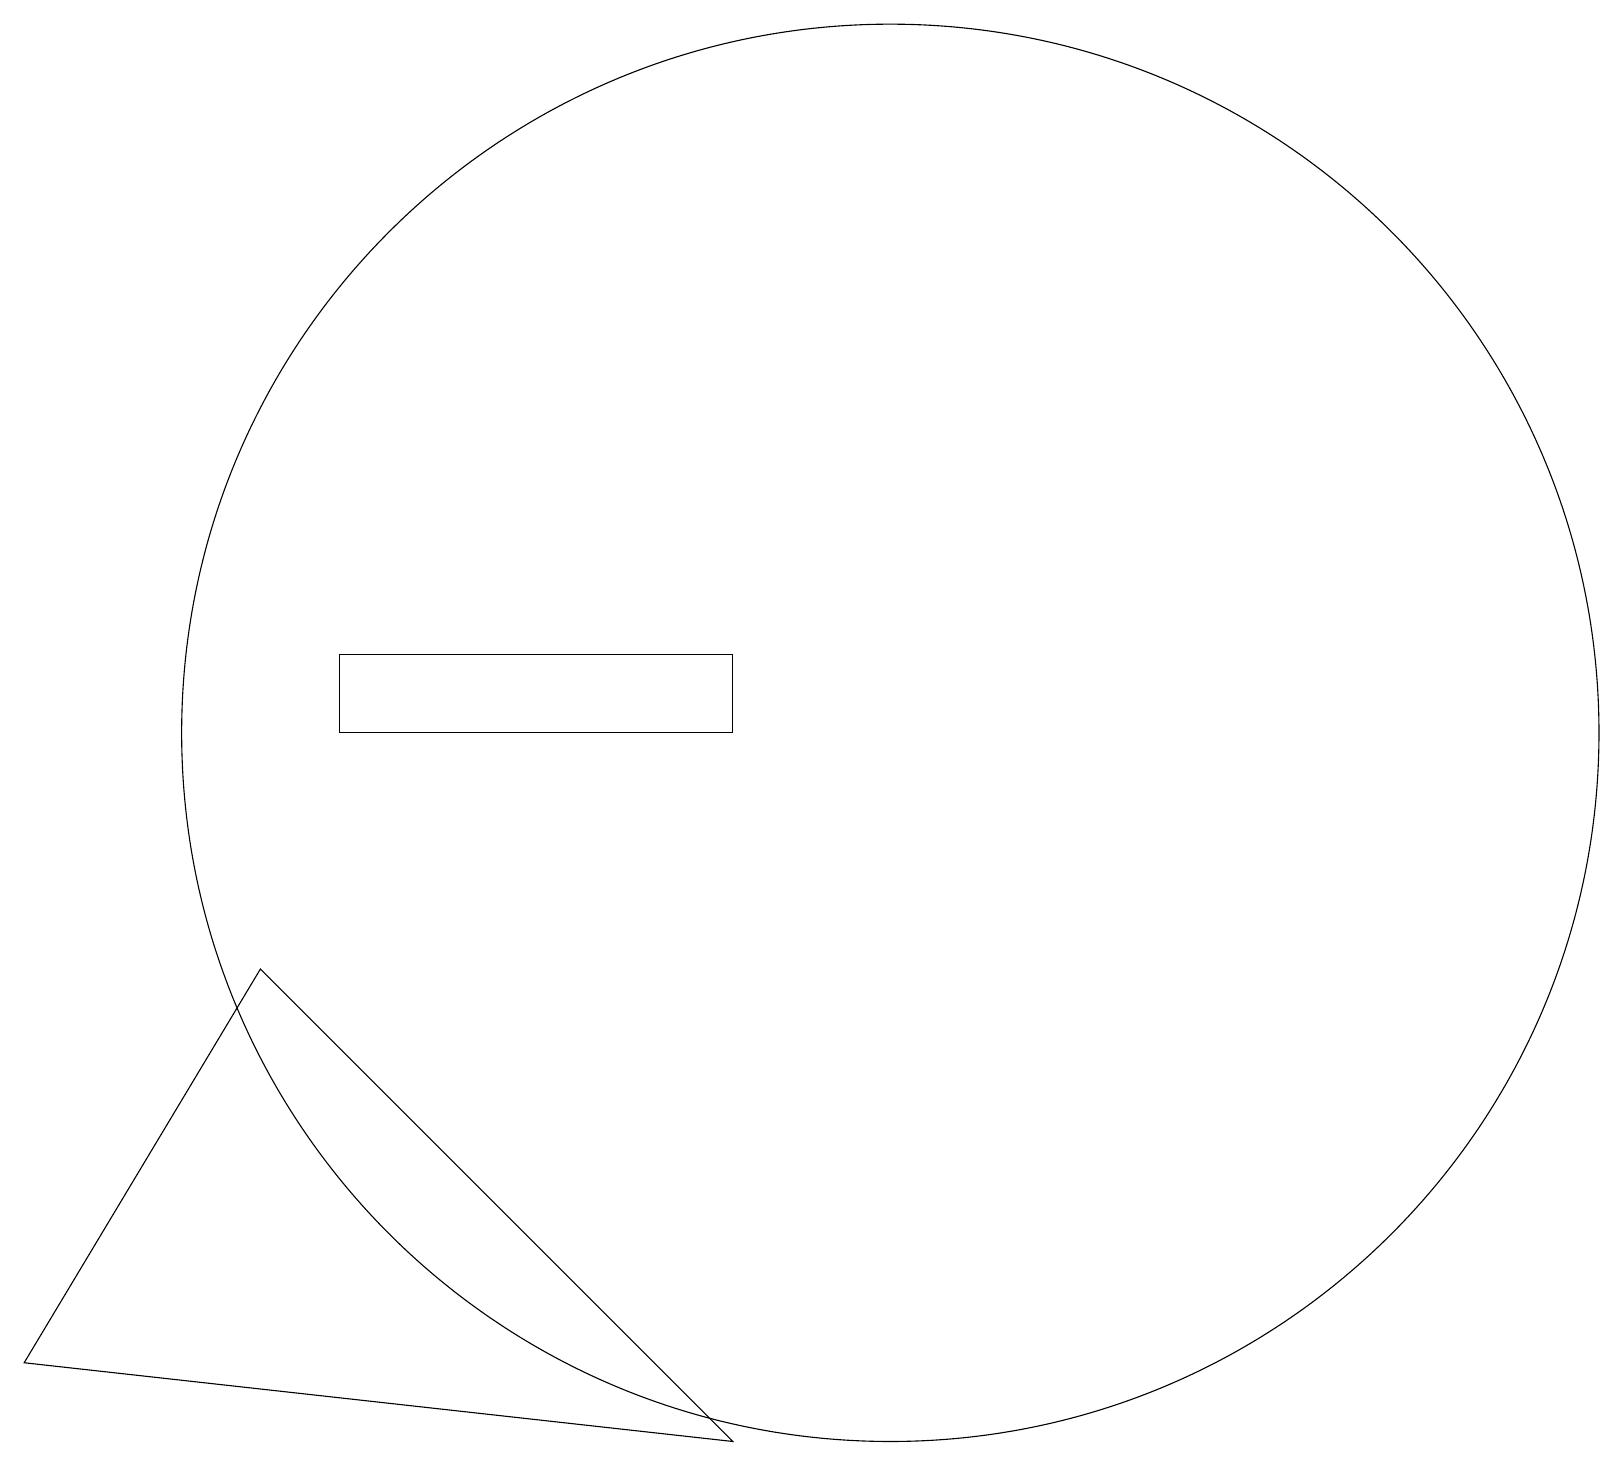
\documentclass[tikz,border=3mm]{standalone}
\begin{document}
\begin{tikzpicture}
\draw (0,11) rectangle (0,11);
\draw (11,11) circle (9);
\draw (9,11) rectangle (4,12);
\draw (3,8) -- (9,2) -- (0,3) -- cycle;
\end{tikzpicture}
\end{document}